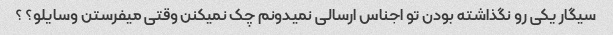
سیگار یکی رو نگذاشته بودن تو اجناس ارسالی نمیدونم چک نمیکنن وقتی میفرستن وسایلو؟ ؟